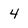
Character: 4